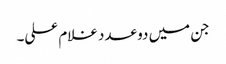
جن میں دو عدد غلام علی۔